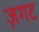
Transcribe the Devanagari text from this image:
ज़गट